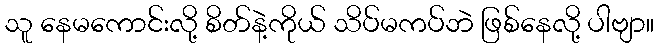
သူ နေမကောင်းလို့ စိတ်နဲ့ကိုယ် သိပ်မကပ်ဘဲ ဖြစ်နေလို့ ပါဗျာ။